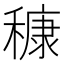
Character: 穅